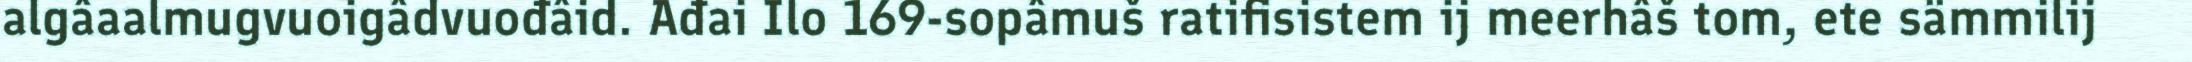
algâaalmugvuoigâdvuođâid. Ađai Ilo 169-sopâmuš ratifisistem ij meerhâš tom, ete sämmilij